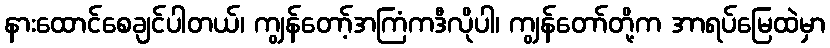
နားထောင်စေချင်ပါတယ်၊ ကျွန်တော့်အကြံကဒီလိုပါ၊ ကျွန်တော်တို့က အာရပ်မြေထဲမှာ